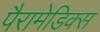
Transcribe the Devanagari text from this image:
पैरामेडिक्स